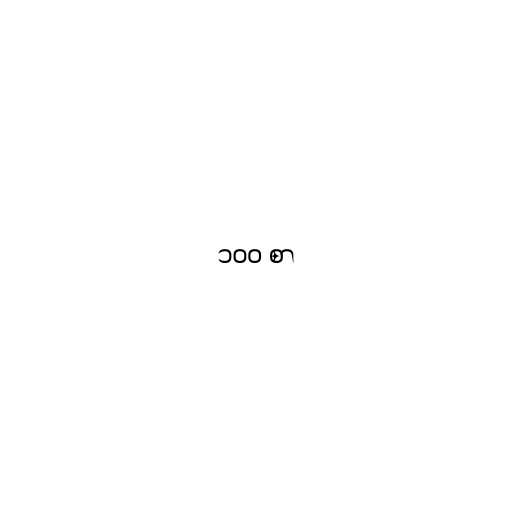
၁၀၀ စာ